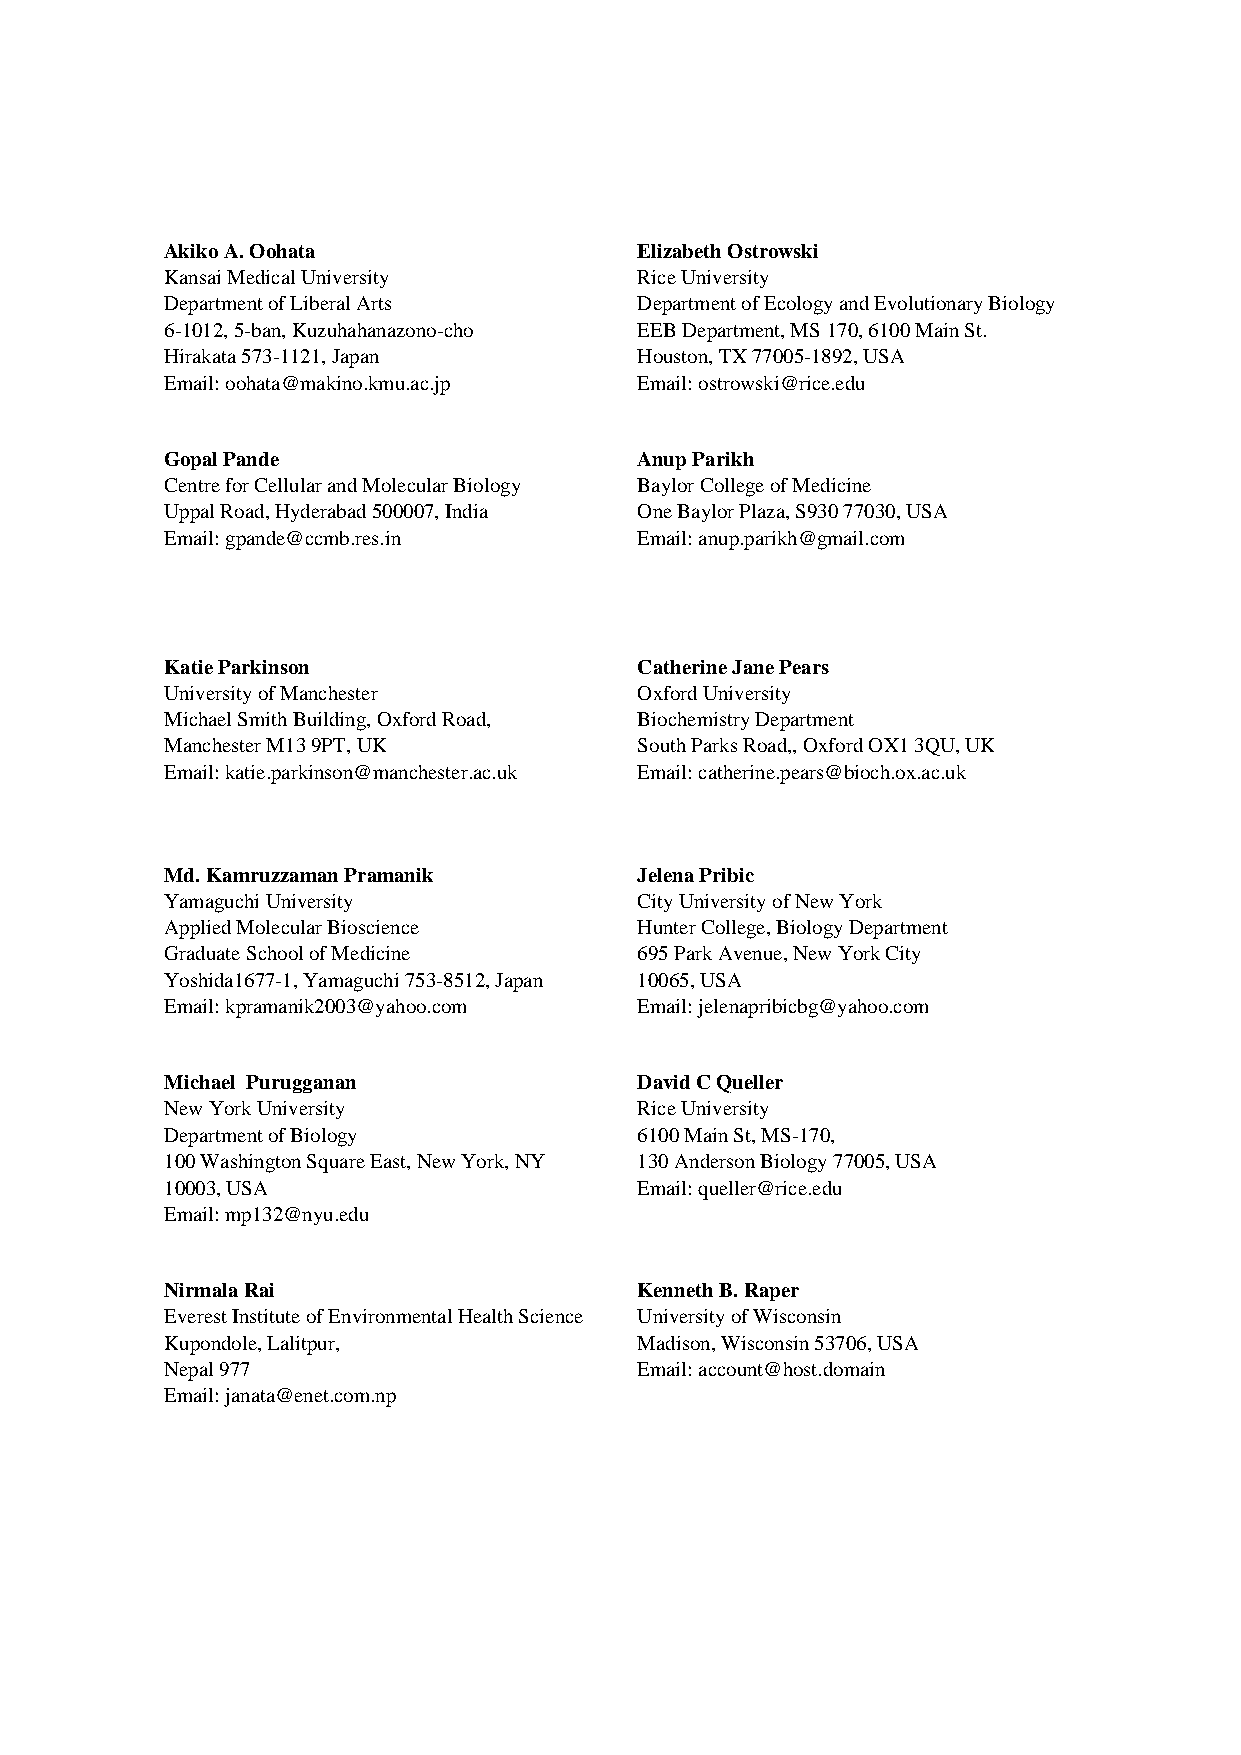
Akiko A. Oohata              ## Elizabeth Ostrowski
 Kansai Medical University      Rice University
 Department of Liberal Arts     Department of Ecology and Evolutionary Biology
 6-1012, 5-ban, Kuzuhahanazono-cho EEB Department, MS 170, 6100 Main St.
 ##
 Hirakata 573-1121, Japan       Houston, TX 77005-1892, USA
 Email: oohata@makino.kmu.ac.jp Email: ostrowski@rice.edu
 ##
 Gopal Pande                  ## Anup Parikh
 Centre for Cellular and Molecular Biology Baylor College of Medicine
 Uppal Road, Hyderabad 500007, India One Baylor Plaza, S930 77030, USA
 Email: gpande@ccmb.res.in      Email: anup.parikh@gmail.com
 ##
 ##
 Katie Parkinson              ## Catherine Jane Pears
 University of Manchester       Oxford University
 Michael Smith Building, Oxford Road, Biochemistry Department
 Manchester M13 9PT, UK         South Parks Road,, Oxford OX1 3QU, UK
 ##
 Email: katie.parkinson@manchester.ac.uk Email: catherine.pears@bioch.ox.ac.uk
 ##
 Md. Kamruzzaman Pramanik     ## Jelena Pribic
 Yamaguchi University           City University of New York
 Applied Molecular Bioscience   Hunter College, Biology Department
 Graduate School of Medicine    695 Park Avenue, New York City
 ##
 Yoshida1677-1, Yamaguchi 753-8512, Japan 10065, USA
 Email: kpramanik2003@yahoo.com Email: jelenapribicbg@yahoo.com
 ##
 Michael Purugganan           ## David C Queller
 New York University            Rice University
 Department of Biology          6100 Main St, MS-170,
 100 Washington Square East, New York, NY 130 Anderson Biology 77005, USA
 ##
 10003, USA                     Email: queller@rice.edu
 Email: mp132@nyu.edu
 ##
 Nirmala Rai                  ## Kenneth B. Raper
 Everest Institute of Environmental Health Science University of Wisconsin
 Kupondole, Lalitpur,           Madison, Wisconsin 53706, USA
 Nepal 977                      Email: account@host.domain
 ##
 Email: janata@enet.com.np
 ##